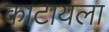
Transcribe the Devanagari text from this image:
काटायला